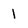
Character: l